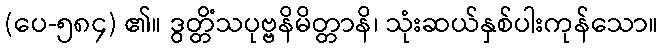
(ပေ-၅၈၄) ၏။ ဒွတ္တိံသပုဗ္ဗနိမိတ္တာနိ၊ သုံးဆယ်နှစ်ပါးကုန်သော။